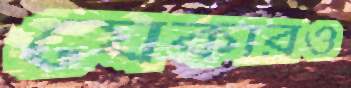
যেকারও